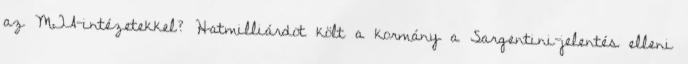
az MTA-intézetekkel? Hatmilliárdot költ a kormány a Sargentini-jelentés elleni